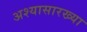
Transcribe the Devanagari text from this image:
अश्यासारख्या